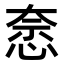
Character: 𭝍